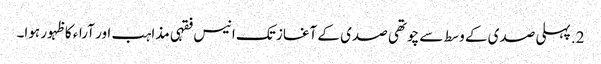
2. پہلی صدی کے وسط سے چوتھی صدی کے آغاز تک انیس فقہی مذاہب اور آراء کا ظہور ہوا۔